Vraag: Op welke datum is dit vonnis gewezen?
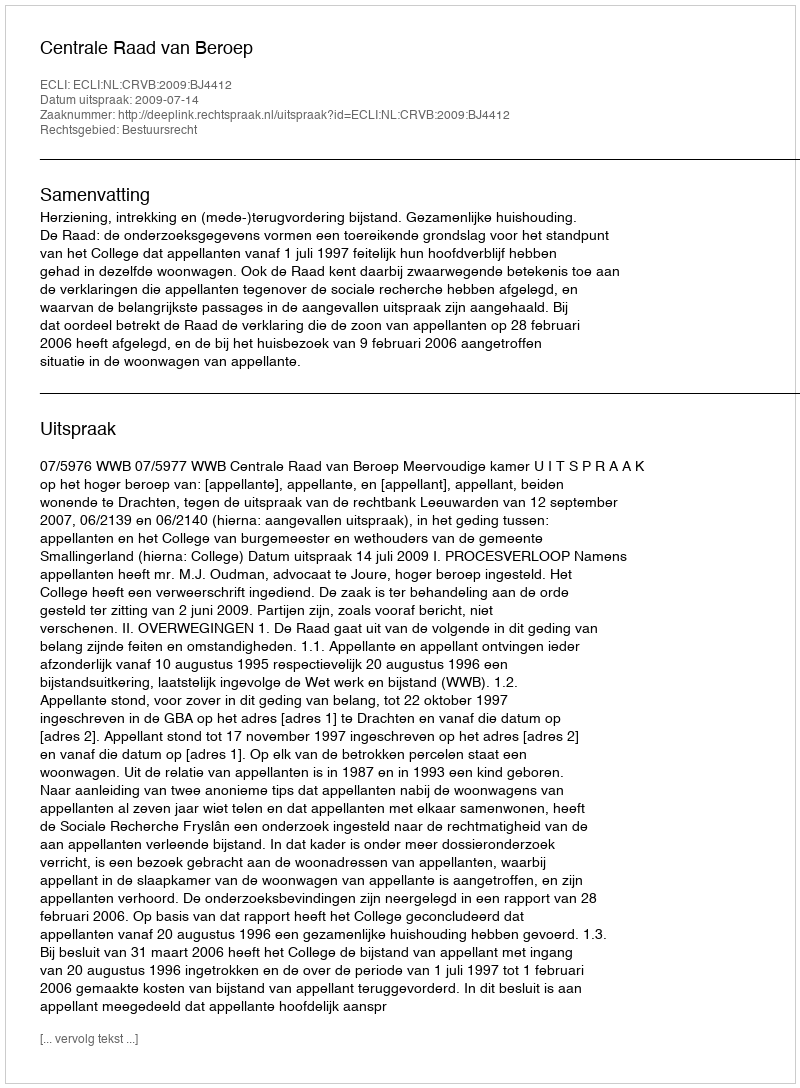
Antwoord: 2009-07-14